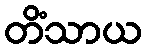
တိံသာယ